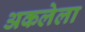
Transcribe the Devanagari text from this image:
अकलेला